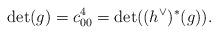
LaTeX: \begin{align*}\det(g) = c_{00}^4 = \det((h^\vee)^*(g)).\end{align*}